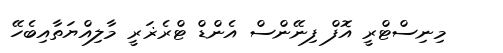
މިނިސްޓްރީ އޮފް ފިނޭންސް އެންޑް ޓްރެޜަރީ މާލިއްޔަތާއިބެހޭ